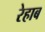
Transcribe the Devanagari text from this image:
रेहाब